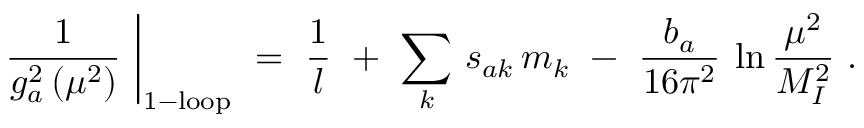
\left. \frac { 1 } { g _ { a } ^ { 2 } \, ( \mu ^ { 2 } ) } \ \right| _ { \mathrm { 1 - l o o p } } \ = \ \frac { 1 } { l } \ + \ \sum _ { k } \, s _ { a k } \, m _ { k } \ - \ \frac { b _ { a } } { 1 6 \pi ^ { 2 } } \: \ln \frac { \mu ^ { 2 } } { M _ { I } ^ { 2 } } \ .